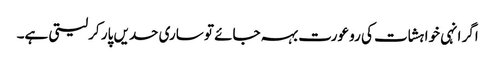
اگر انہی خواہشات کی رو عورت بہہ جائے تو ساری حدیں پار کرلیتی ہے۔